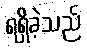
ရရှိခဲ့သည်